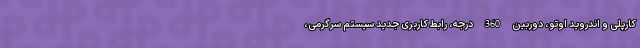
کارپلی و اندروید اوتو، دوربین 360 درجه، رابط کاربری جدید سیستم سرگرمی،